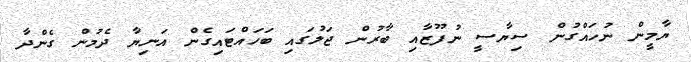
ޔާމީން ނުހައްގުން ސިޔާސީ ނުފޫޒާއި ބާރުން ޖަލުގައި ބަހައްޓައިގެން އަނިޔާ ދެމުން ގެންދާ